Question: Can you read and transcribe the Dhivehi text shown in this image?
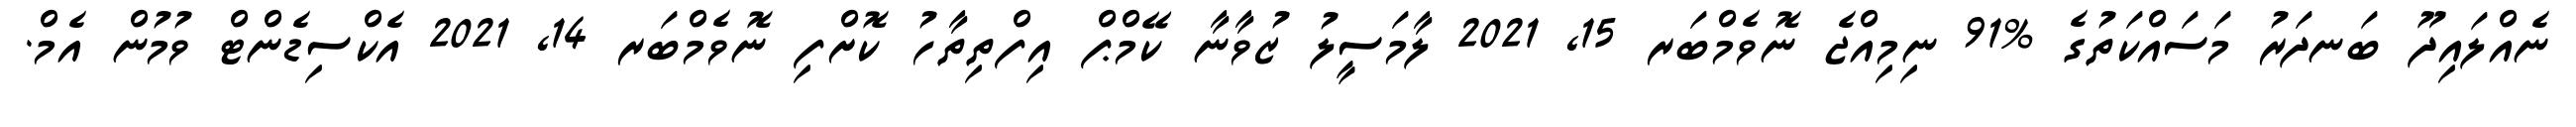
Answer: ނެއްލައިދޫ ބަނދަރު މަސައްކަތުގެ %91 ނިމިއްޖެ ނޮވެމްބަރ 15, 2021 ލާމަސީލު ޒުވާނާ ކޭމްޕް އިފްތިތާހު ކޮށްފި ނޮވެމްބަރ 14, 2021 އެކްސިޑެންޓް ވުމުން އެމް.